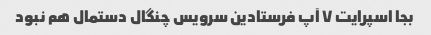
بجا اسپرایت ٧ آپ فرستادین سرویس چنگال دستمال هم نبود